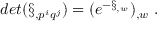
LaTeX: d e t ( \S _ { , p ^ { i } q ^ { j } } ) = ( e ^ { - \S _ { , w } } ) _ { , w } \ .